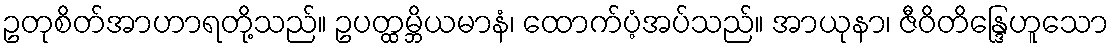
ဥတုစိတ်အာဟာရတို့သည်။ ဥပတ္ထမ္ဘိယမာနံ၊ ထောက်ပံ့အပ်သည်။ အာယုနာ၊ ဇီဝိတိန္ဒြေဟူသော